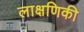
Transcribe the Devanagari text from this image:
लाक्षणिकी